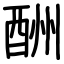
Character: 酬